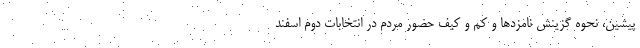
پیشین، نحوه گزینش نامزدها و کم و کیف حضور مردم در انتخابات دوم اسفند